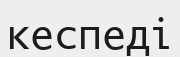
кеспеді